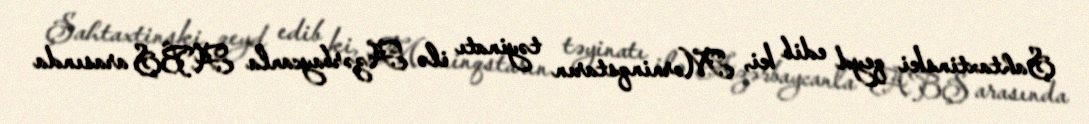
Şahtaxtinski qeyd edib ki, Morninqstarın təyinatı ilə Azərbaycanla ABŞ arasında